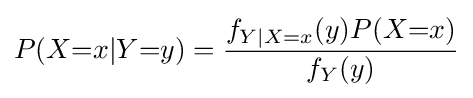
P(X{=}x|Y{=}y)={\frac {f_{Y|X{=}x}(y)P(X{=}x)}{f_{Y}(y)}}